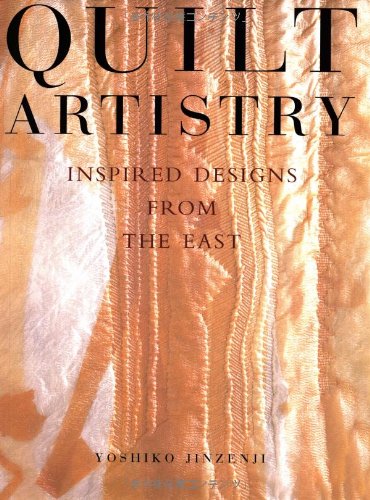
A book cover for Quilt Artistry: Inspired Designs from the East; Yoshiko Jinzenji; Crafts, Hobbies & Home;